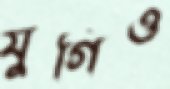
যুগিও